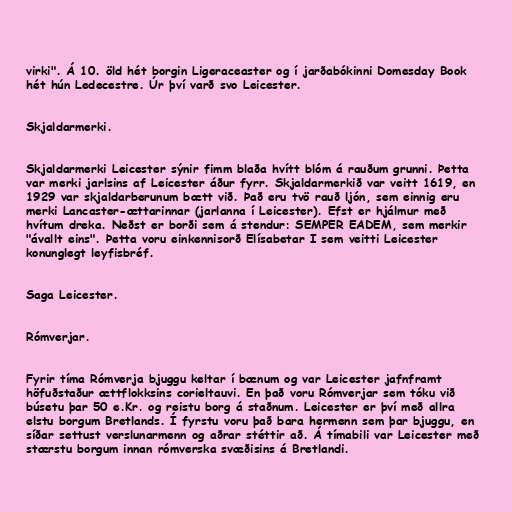
virki". Á 10. öld hét borgin Ligeraceaster og í jarðabókinni Domesday Book
hét hún Ledecestre. Úr því varð svo Leicester.

Skjaldarmerki.

Skjaldarmerki Leicester sýnir fimm blaða hvítt blóm á rauðum grunni. Þetta
var merki jarlsins af Leicester áður fyrr. Skjaldarmerkið var veitt 1619, en
1929 var skjaldarberunum bætt við. Það eru tvö rauð ljón, sem einnig eru
merki Lancaster-ættarinnar (jarlanna í Leicester). Efst er hjálmur með
hvítum dreka. Neðst er borði sem á stendur: SEMPER EADEM, sem merkir
"ávallt eins". Þetta voru einkennisorð Elísabetar I sem veitti Leicester
konunglegt leyfisbréf.

Saga Leicester.

Rómverjar.

Fyrir tíma Rómverja bjuggu keltar í bænum og var Leicester jafnframt
höfuðstaður ættflokksins corieltauvi. En það voru Rómverjar sem tóku við
búsetu þar 50 e.Kr. og reistu borg á staðnum. Leicester er því með allra
elstu borgum Bretlands. Í fyrstu voru það bara hermenn sem þar bjuggu, en
síðar settust verslunarmenn og aðrar stéttir að. Á tímabili var Leicester með
stærstu borgum innan rómverska svæðisins á Bretlandi.